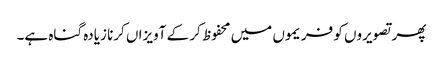
پھر تصویروں کو فریموں میں محفوظ کر کے آویزاں کرنا زیادہ گناہ ہے۔